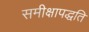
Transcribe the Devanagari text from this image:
समीक्षापद्धति